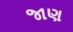
જાણ